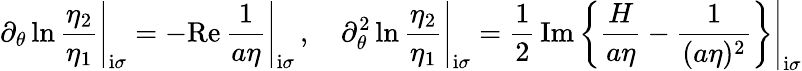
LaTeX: \left.\partial_{\theta}\ln\frac{\eta_{2}}{\eta_{1}}\right|_{\mathrm{i}\sigma}=\left.-\mathrm{Re}\, \frac{1}{a\eta}\right|_{\mathrm{i}\sigma}\, ,\quad\left.\partial_{\theta}^{2}\ln\frac{\eta_{2}}{\eta_{1}}\right|_{\mathrm{i}\sigma}=\left.\frac{1}{2}\, \mathrm{Im}\left\{ \frac{H}{a\eta}-\frac{1}{(a\eta)^{2}}\right\} \right|_{\mathrm{i}\sigma}